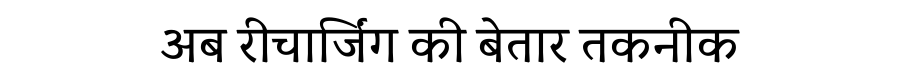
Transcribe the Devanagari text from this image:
अब रीचार्जिंग की बेतार तकनीक